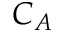
C _ { A }